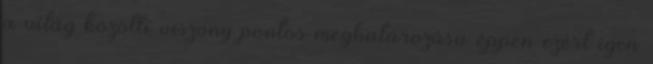
a világ közötti viszony pontos meghatározása éppen ezért igen